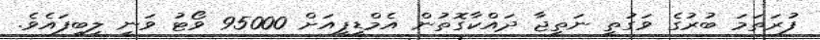
ފުރަތަމަ ބުރުގެ ވަގުތީ ނަތީޖާ ދައްކާގޮތުން އެމްޑީޕީއަށް 95000 ވޯޓު ވަނީ ލިބިފައެވެ.